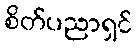
စိတ်ပညာရှင်